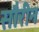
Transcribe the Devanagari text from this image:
सौरीन